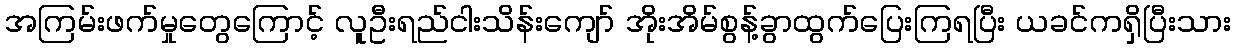
အကြမ်းဖက်မှုတွေကြောင့် လူဦးရည်ငါးသိန်းကျော် အိုးအိမ်စွန့်ခွာထွက်ပြေးကြရပြီး ယခင်ကရှိပြီးသား